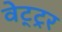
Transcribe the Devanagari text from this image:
वेट्ट्रर